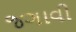
જગાવી